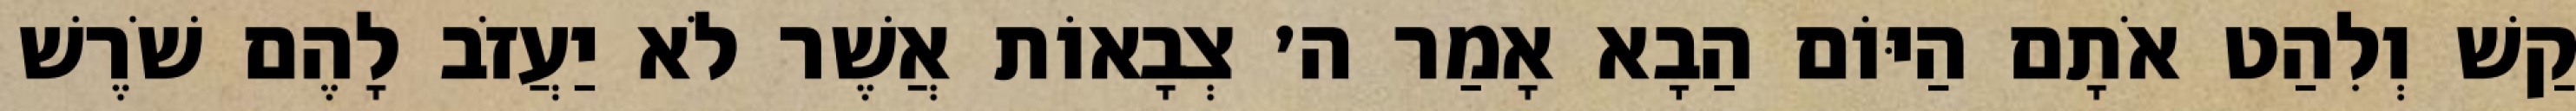
קַשׁ וְלִהַט אֹתָם הַיּוֹם הַבָא אָמַר ה׳ צְבָאוֹת אֲשֶׁר לֹא יַעֲזֹב לָהֶם שֹׁרֶשׁ